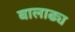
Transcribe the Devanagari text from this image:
बालाढ्य